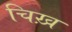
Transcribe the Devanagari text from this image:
चिख़